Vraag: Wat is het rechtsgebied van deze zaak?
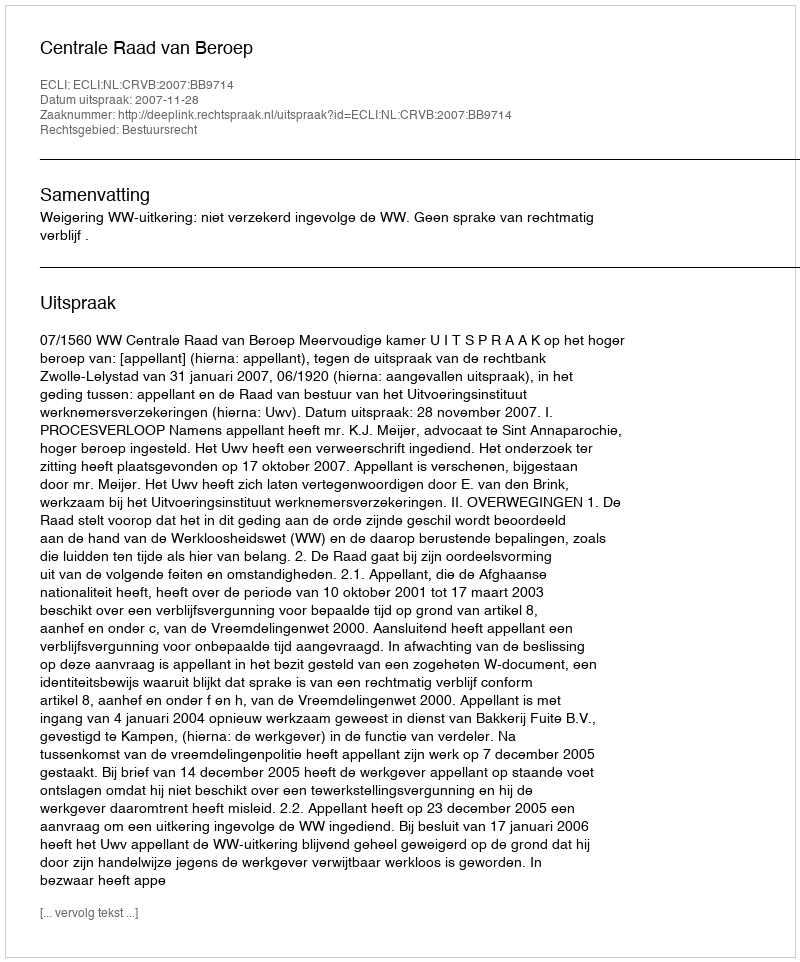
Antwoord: Bestuursrecht